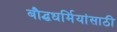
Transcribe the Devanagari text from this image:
बौद्धधर्मियांसाठी